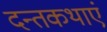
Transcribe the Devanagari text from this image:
दन्तकथाएं